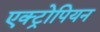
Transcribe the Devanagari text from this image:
एक्ट्रोपियन